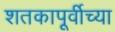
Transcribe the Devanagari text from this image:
शतकापूर्वीच्या